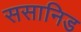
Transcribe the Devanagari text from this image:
ससानिड